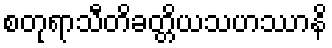
စတုရာသီတိခတ္တိယသဟဿာနိ